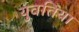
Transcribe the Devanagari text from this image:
युवतिया